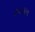
રયહાન